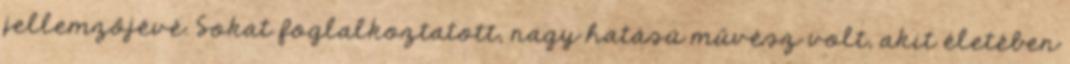
jellemzőjévé. Sokat foglalkoztatott, nagy hatású művész volt, akit életében